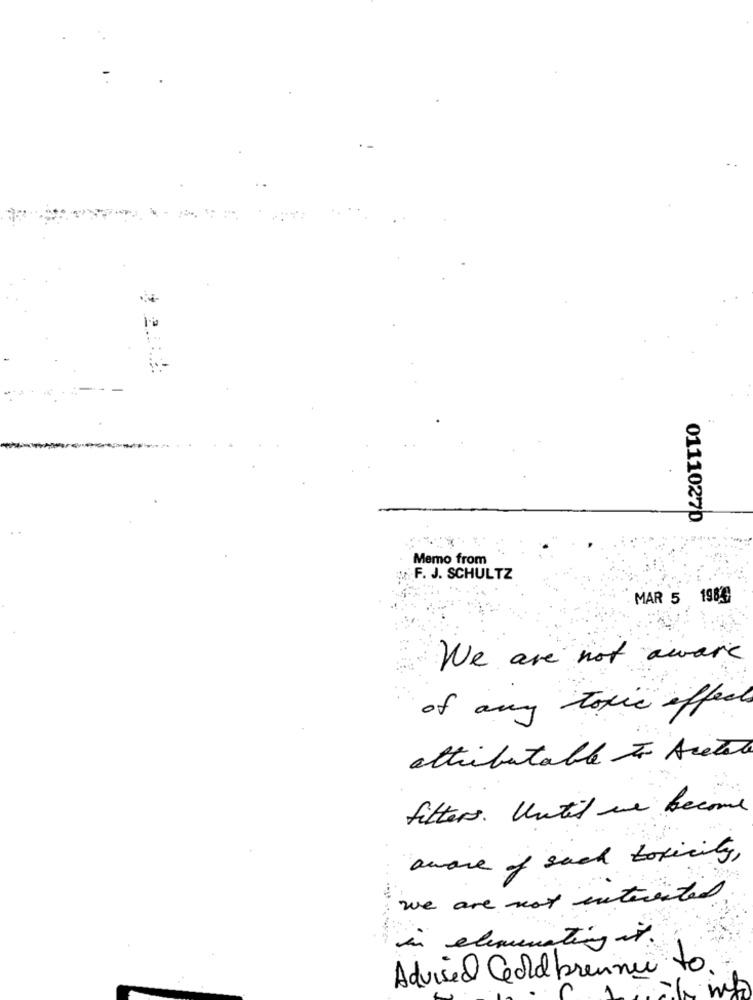
..
01110270
Memo from
.F. J. SCHULTZ
MAR 5 1983
We are not aware
of any toxic effect
attributable to Acetate
filters. Until we become
aware of such toxicity,
we are not interested
in eliminating it .
Advised Geld brenner to